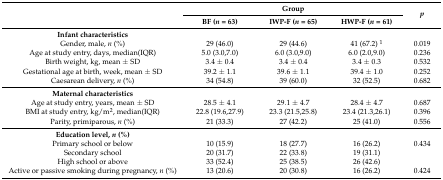
<table><thead><tr><td rowspan="2"></td><td colspan="3"><b>Group</b></td><td rowspan="2"><b><i>p</i></b></td></tr><tr><td><b>BF (<i>n</i> = 63)</b></td><td><b>IWP-F (<i>n</i> = 65)</b></td><td><b>HWP-F (<i>n</i> = 61)</b></td></tr></thead><tbody><tr><td><b>Infant characteristics</b></td><td></td><td></td><td></td><td></td></tr><tr><td>Gender, male, <i>n</i> (%)</td><td>29 (46.0)</td><td>29 (44.6)</td><td>41 (67.2) <sup>1</sup></td><td>0.019</td></tr><tr><td>Age at study entry, days, median(IQR)</td><td>5.0 (3.0,7.0)</td><td>6.0 (3.0,9.0)</td><td>6.0 (2.0,9.0)</td><td>0.236</td></tr><tr><td>Birth weight, kg, mean ± SD</td><td>3.4 ± 0.4</td><td>3.4 ± 0.4</td><td>3.4 ± 0.3</td><td>0.532</td></tr><tr><td>Gestational age at birth, week, mean ± SD</td><td>39.2 ± 1.1</td><td>39.6 ± 1.1</td><td>39.4 ± 1.0</td><td>0.252</td></tr><tr><td>Caesarean delivery, <i>n</i> (%)</td><td>34 (54.8)</td><td>39 (60.0)</td><td>32 (52.5)</td><td>0.682</td></tr><tr><td><b>Maternal characteristics</b></td><td></td><td></td><td></td><td></td></tr><tr><td>Age at study entry, years, mean ± SD</td><td>28.5 ± 4.1</td><td>29.1 ± 4.7</td><td>28.4 ± 4.7</td><td>0.687</td></tr><tr><td>BMI at study entry, kg/m<sup>2</sup>, median(IQR)</td><td>22.8 (19.6,27.9)</td><td>23.3 (21.5,25.8)</td><td>23.4 (21.3,26.1)</td><td>0.396</td></tr><tr><td>Parity, primiparous, <i>n</i> (%)</td><td>21 (33.3)</td><td>27 (42.2)</td><td>25 (41.0)</td><td>0.556</td></tr><tr><td><b>Education level, <i>n</i> (%)</b></td><td></td><td></td><td></td><td></td></tr><tr><td>Primary school or below</td><td>10 (15.9)</td><td>18 (27.7)</td><td>16 (26.2)</td><td>0.434</td></tr><tr><td>Secondary school</td><td>20 (31.7)</td><td>22 (33.8)</td><td>19 (31.1)</td><td></td></tr><tr><td>High school or above</td><td>33 (52.4)</td><td>25 (38.5)</td><td>26 (42.6)</td><td></td></tr><tr><td>Active or passive smoking during pregnancy, <i>n</i> (%)</td><td>13 (20.6)</td><td>20 (30.8)</td><td>16 (26.2)</td><td>0.424</td></tr></tbody></table>